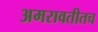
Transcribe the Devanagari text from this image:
अमरावतीतच